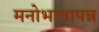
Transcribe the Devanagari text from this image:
मनोभावापन्न